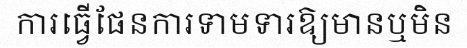
ការធ្វើផែនការទាមទារឱ្យមានឬមិន